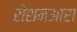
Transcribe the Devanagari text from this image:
रोशनआरा